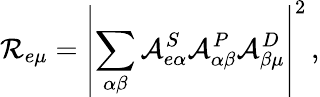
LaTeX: \mathcal{R}_{e\mu}=\left|\sum_{\alpha\beta}\mathcal{A}_{e\alpha}^{S}\mathcal{A}_{\alpha\beta}^{P}\mathcal{A}_{\beta\mu}^{D}\right|^{2}\, ,